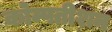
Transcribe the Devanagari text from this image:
कोम्पतीशन